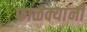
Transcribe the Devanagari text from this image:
फाळक्यांनी